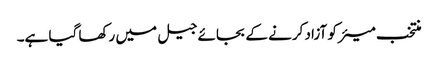
منتخب میئر کو آزاد کرنے کے بجائے جیل میں رکھا گیا ہے۔